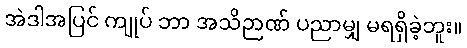
အဲဒါအပြင် ကျုပ် ဘာ အသိဉာဏ် ပညာမျှ မရရှိခဲ့ဘူး။